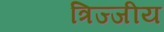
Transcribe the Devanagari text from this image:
त्रिज्जीय